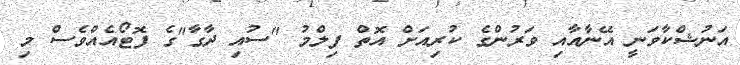
އަނުޝްކާވަނީ އޭނާއާއި ވަރުންގެ ކުރިއަށް އޮތް ފިލްމު "ސުއި ދާގާ"ގެ ފޮޓޯއެއްވެސް މި